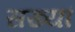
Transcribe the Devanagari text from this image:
सख्यां